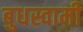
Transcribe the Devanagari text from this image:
बुधस्वामी